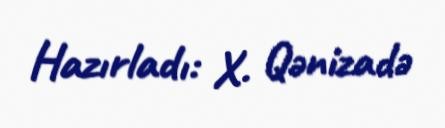
Hazırladı: X. Qənizadə